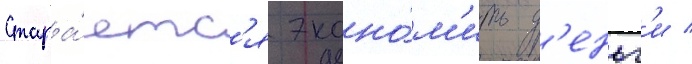
Стара́етс'я эконо́м'ить д'еньг'и /